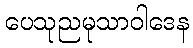
ပေသုညမုသာဝါဒေန